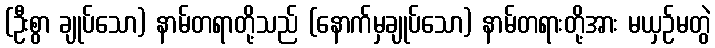
(ဦးစွာ ချုပ်သော) နာမ်တရာတို့သည် (နောက်မှချုပ်သော) နာမ်တရားတို့အား မယှဉ်မတွဲ